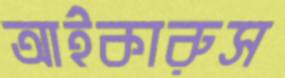
আইকারুস